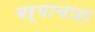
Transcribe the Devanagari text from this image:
बऱ्याचादा